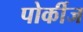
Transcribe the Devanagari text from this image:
पोर्कीज